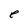
Character: e